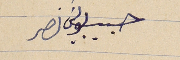
حبيب بولسَ نصر